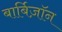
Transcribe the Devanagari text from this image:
बार्बिज़ॉन